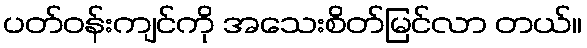
ပတ်ဝန်းကျင်ကို အသေးစိတ်မြင်လာ တယ်။